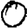
Digit: 0